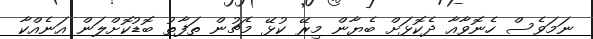
ނަމަވެސް ހެނޮވާއާ ދެކޮޅަށް ބެޔާން މިރޭ ކުޅޭ މެޗުން ތަފާތު ބޮޑުކޮށްލަން އަނެއްކާ